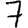
Digit: 7